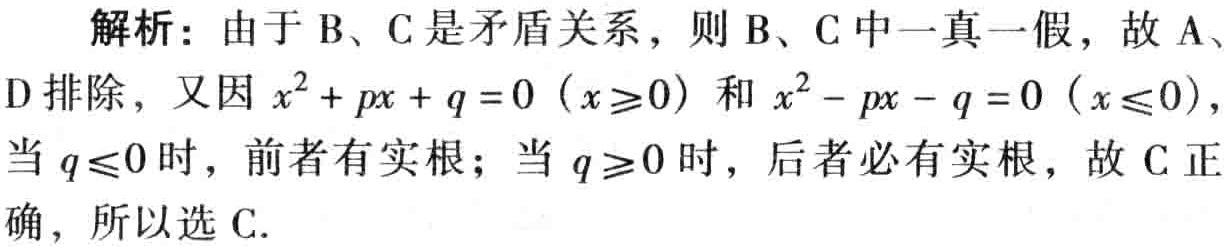
解析：由于B、C是矛盾关系，则B、C中一真一假，故A、
D排除，又因\(x^{2}+px + q = 0\ (x\geqslant0)\)和\(x^{2}-px - q = 0\ (x\leqslant0)\)，
当\(q\leqslant0\)时，前者有实根；当\(q\geqslant0\)时，后者必有实根，故C正
确，所以选C.